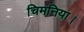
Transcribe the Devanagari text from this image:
चिमनिया।